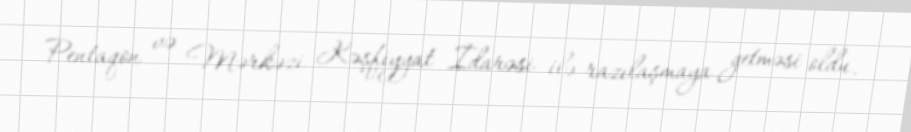
Pentaqon və Mərkəzi Kəşfiyyat İdarəsi ilə razılaşmaya getməsi oldu.